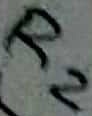
Text: R2